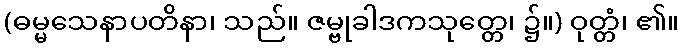
(ဓမ္မသေနာပတိနာ၊ သည်။ ဇမ္ဗုခါဒကသုတ္တေ၊ ၌။) ဝုတ္တံ၊ ၏။